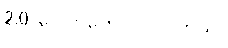
2.0 ပေါက်တွေပါ၀င်ပါတယ်။